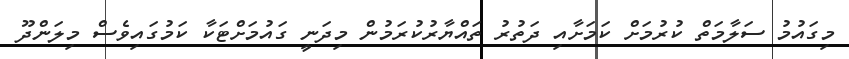
މިގައުމު ސަލާމަތް ކުރުމަށް ކަމަށާއި ދަތުރު ތައްޔާރުކުރަމުން މިދަނީ ގައުމަށްޓަކާ ކަމުގައިވެސް މިލަންދޫ